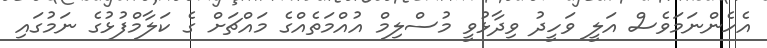
އެހެންނަމަވެސް އަލީ ވަހީދު ވިދާޅުވީ މުސްލިމް އުއްމަތެއްގެ މައްޗަށް ގެ ކަލާމްފުޅުގެ ނަމުގައި